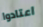
اعتادوا